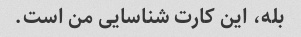
بله، این کارت شناسایی من است.